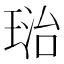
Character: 𤦮